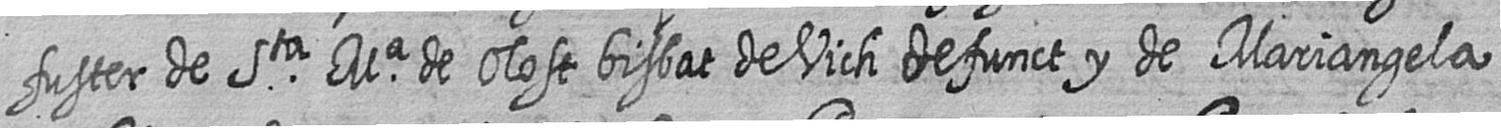
fuster de Sta Ma de Olost bisbat de Vich defunct y de Mariangela